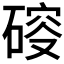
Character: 𥔉